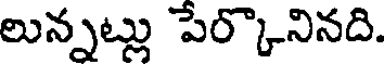
లున్నట్లు పేర్కొనినది.